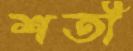
শতী